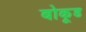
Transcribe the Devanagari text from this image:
बोकूड